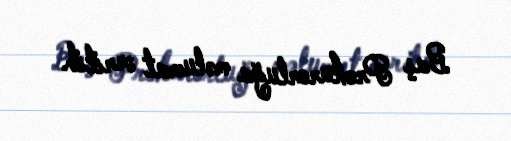
Baş Prokurorluğa məlumat verilib.